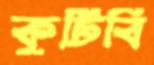
কুটিবি